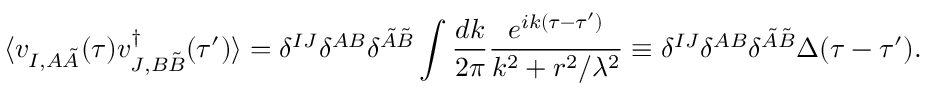
\langle v _ { I , A \tilde { A } } ( \tau ) v _ { J , B \tilde { B } } ^ { \dagger } ( \tau ^ { \prime } ) \rangle = \delta ^ { I J } \delta ^ { A B } \delta ^ { \tilde { A } \tilde { B } } \int \frac { d k } { 2 \pi } \frac { e ^ { i k ( \tau - \tau ^ { \prime } ) } } { k ^ { 2 } + r ^ { 2 } / \lambda ^ { 2 } } \equiv \delta ^ { I J } \delta ^ { A B } \delta ^ { \tilde { A } \tilde { B } } \Delta ( \tau - \tau ^ { \prime } ) .